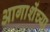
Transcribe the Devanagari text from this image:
आगाशेंच्या